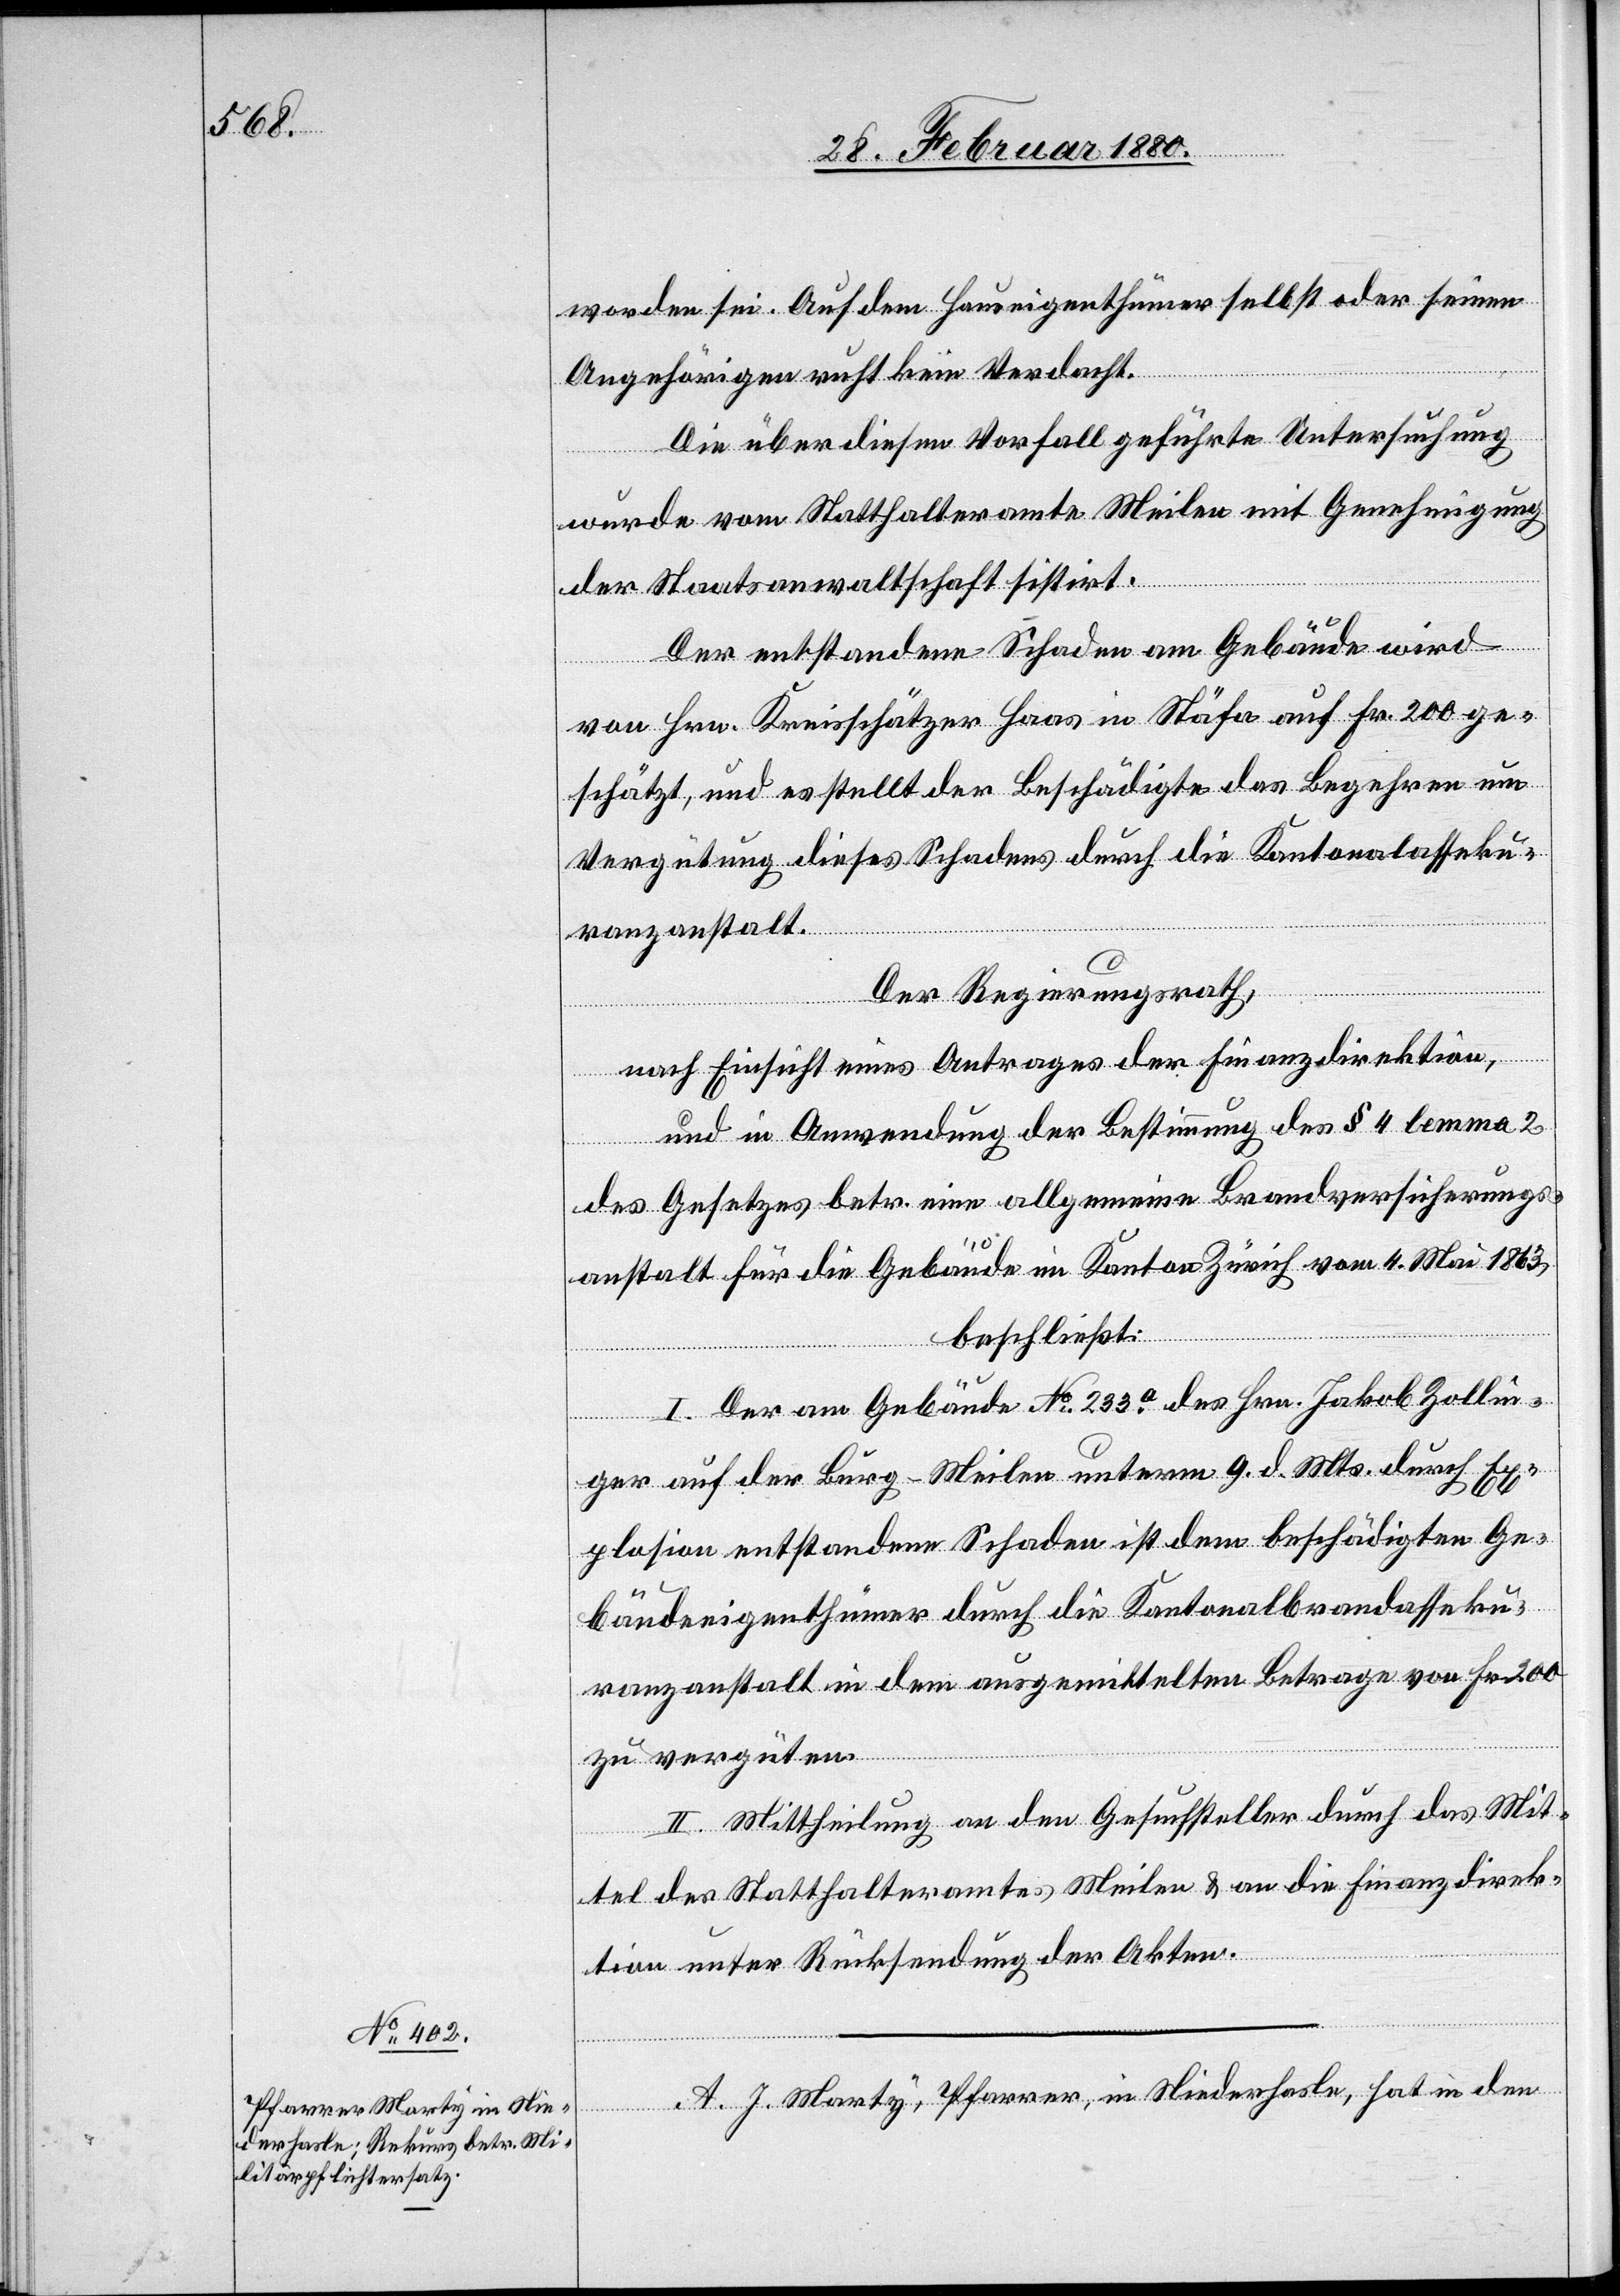
worden sei. Auf den Hauseigenthümer selbst oder seinen
Angehörigen ruht kein Verdacht.
Die über diesen Vorfall geführte Untersuchung
wurde vom Statthalteramte Meilen mit Genehmigung
der Staatsanwaltschaft sistirt.
Der entstandene Schaden am Gebäude wird
von Hrn. Kreisschätzer Haas in Stäfa auf Fr. 200 ge¬
schätzt, und es stellt der Beschädigte das Begehren um
Vergütung dieses Schadens durch die Kantonalasseku¬
ranzanstalt.
Der Regierungsrath,
nach Einsicht eines Antrages der Finanzdirektion,
und in Anwendung der Bestimmung des § 3 lemma 2
des Gesetzes betr. eine allgemeine Brandversicherungs¬
anstalt für die Gebäude im Kanton Zürich vom 4. Mai 1863,
beschließt:
I. Der am Gebäude No 233a des Hrn. Jakob Zollin¬
ger auf der Burg - Meilen unterm 9. d. Mts. durch Ex¬
plosion entstandene Schaden ist dem beschädigten Ge¬
bäudeeigenthümer durch die Kantonalbrandasseku¬
ranzanstalt in dem ausgemittelten Betrage von Fr. 200
zu vergüten.
II. Mittheilung an den Gesuchsteller durch das Mit¬
tel des Statthalteramtes Meilen & an die Finanzdirek¬
tion unter Rücksendung der Akten.
A. J. Marty, Pfarrer, in Niederhasle, hat in den